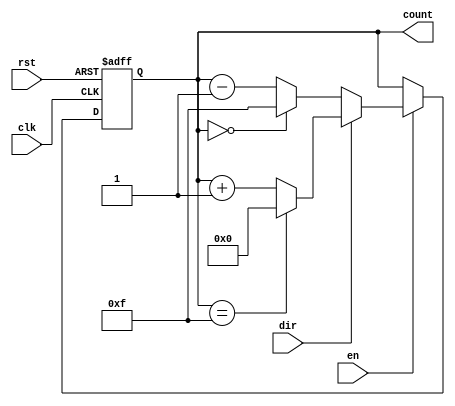
module multi_bit_counter #(
    parameter BIT_WIDTH = 4,        // Number of bits for the counter
    parameter MIN_VALUE = 0,        // Minimum value of the counter
    parameter MAX_VALUE = (1 << BIT_WIDTH) - 1 // Maximum value of the counter
)(
    input wire clk,                 // Clock signal
    input wire rst,                 // Asynchronous reset
    input wire en,                  // Count enable
    input wire dir,                 // Count direction (1 = up, 0 = down)
    output reg [BIT_WIDTH-1:0] count // Current counter value
);

    // Always block for synchronous logic
    always @(posedge clk or posedge rst) begin
        if (rst) begin
            count <= MIN_VALUE; // Reset counter to MIN_VALUE
        end else if (en) begin
            if (dir) begin
                // Counting up
                if (count == MAX_VALUE) begin
                    count <= MIN_VALUE; // Wrap around to MIN_VALUE
                end else begin
                    count <= count + 1; // Increment counter
                end
            end else begin
                // Counting down
                if (count == MIN_VALUE) begin
                    count <= MAX_VALUE; // Wrap around to MAX_VALUE
                end else begin
                    count <= count - 1; // Decrement counter
                end
            end
        end
    end

endmodule